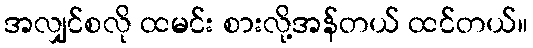
အလျှင်စလို ထမင်း စားလို့အန်တယ် ထင်တယ်။